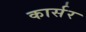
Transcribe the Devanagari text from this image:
कार्सर